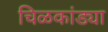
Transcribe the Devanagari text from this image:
चिळकांड्या